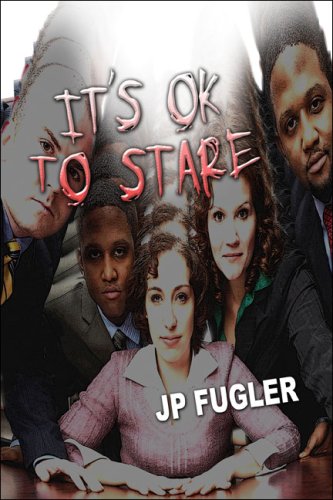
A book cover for It's OK to Stare; JP Fugler; Health, Fitness & Dieting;